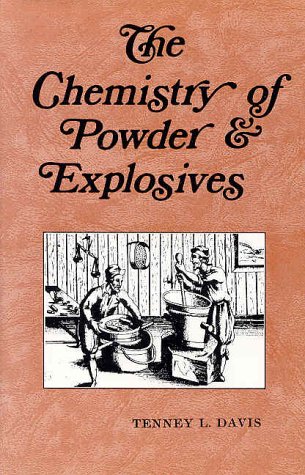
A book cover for The Chemistry of Powder and Explosives; Tenney L. Davis; Science & Math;